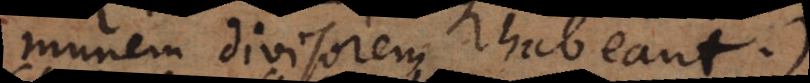
munem divisorem habeant).